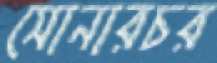
সোনারচর